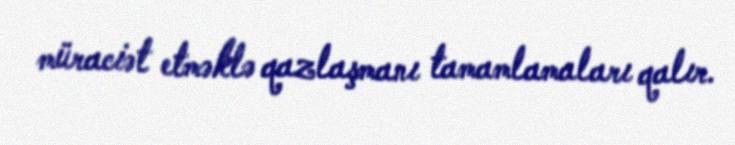
müraciət etməklə qazlaşmanı tamamlamaları qalır.